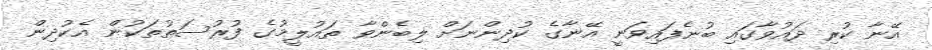
އޭނާ ކުރި ދައުވާގައި ބުނެފައިވަނީ އޭނާގެ ކުދިންނަށް ލިބެންވާ ތައުލީމުގެ ފުރުސަތުތަކުން އެކުދިން